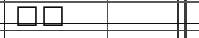
٥٢